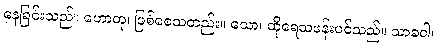
နေခြင်းသည်။ ဟောတု၊ ဖြစ်စေသတည်း။ သော၊ ထိုရေသဖန်းပင်သည်။ သာခဝါ၊